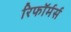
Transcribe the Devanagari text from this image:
रिफॉर्मर्स